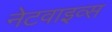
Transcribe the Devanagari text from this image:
नेटवाइव्स